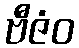
ဗီဇံဝ